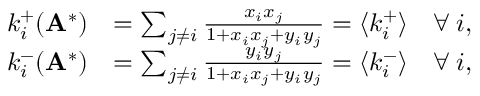
\begin{array} { r l } { k _ { i } ^ { + } ( \mathbf { A } ^ { * } ) } & { = \sum _ { j \neq i } \frac { x _ { i } x _ { j } } { 1 + x _ { i } x _ { j } + y _ { i } y _ { j } } = \langle k _ { i } ^ { + } \rangle \quad \forall \: i , } \\ { k _ { i } ^ { - } ( \mathbf { A } ^ { * } ) } & { = \sum _ { j \neq i } \frac { y _ { i } y _ { j } } { 1 + x _ { i } x _ { j } + y _ { i } y _ { j } } = \langle k _ { i } ^ { - } \rangle \quad \forall \: i , } \end{array}